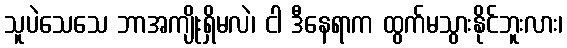
သူပဲသေသေ ဘာအကျိုးရှိမလဲ၊ ငါ ဒီနေရာက ထွက်မသွားနိုင်ဘူးလား၊